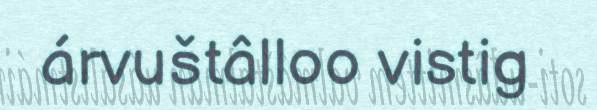
árvuštâlloo vistig